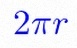
2\pi r